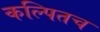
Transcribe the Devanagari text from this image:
कल्पितच